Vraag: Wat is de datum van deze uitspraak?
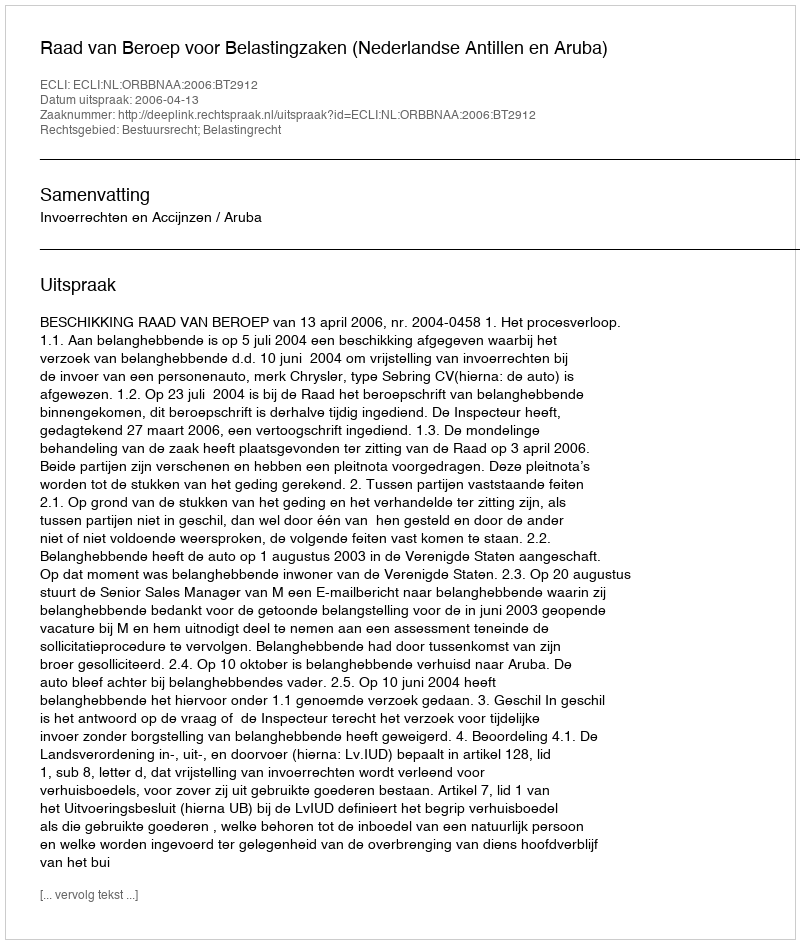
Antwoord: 2006-04-13